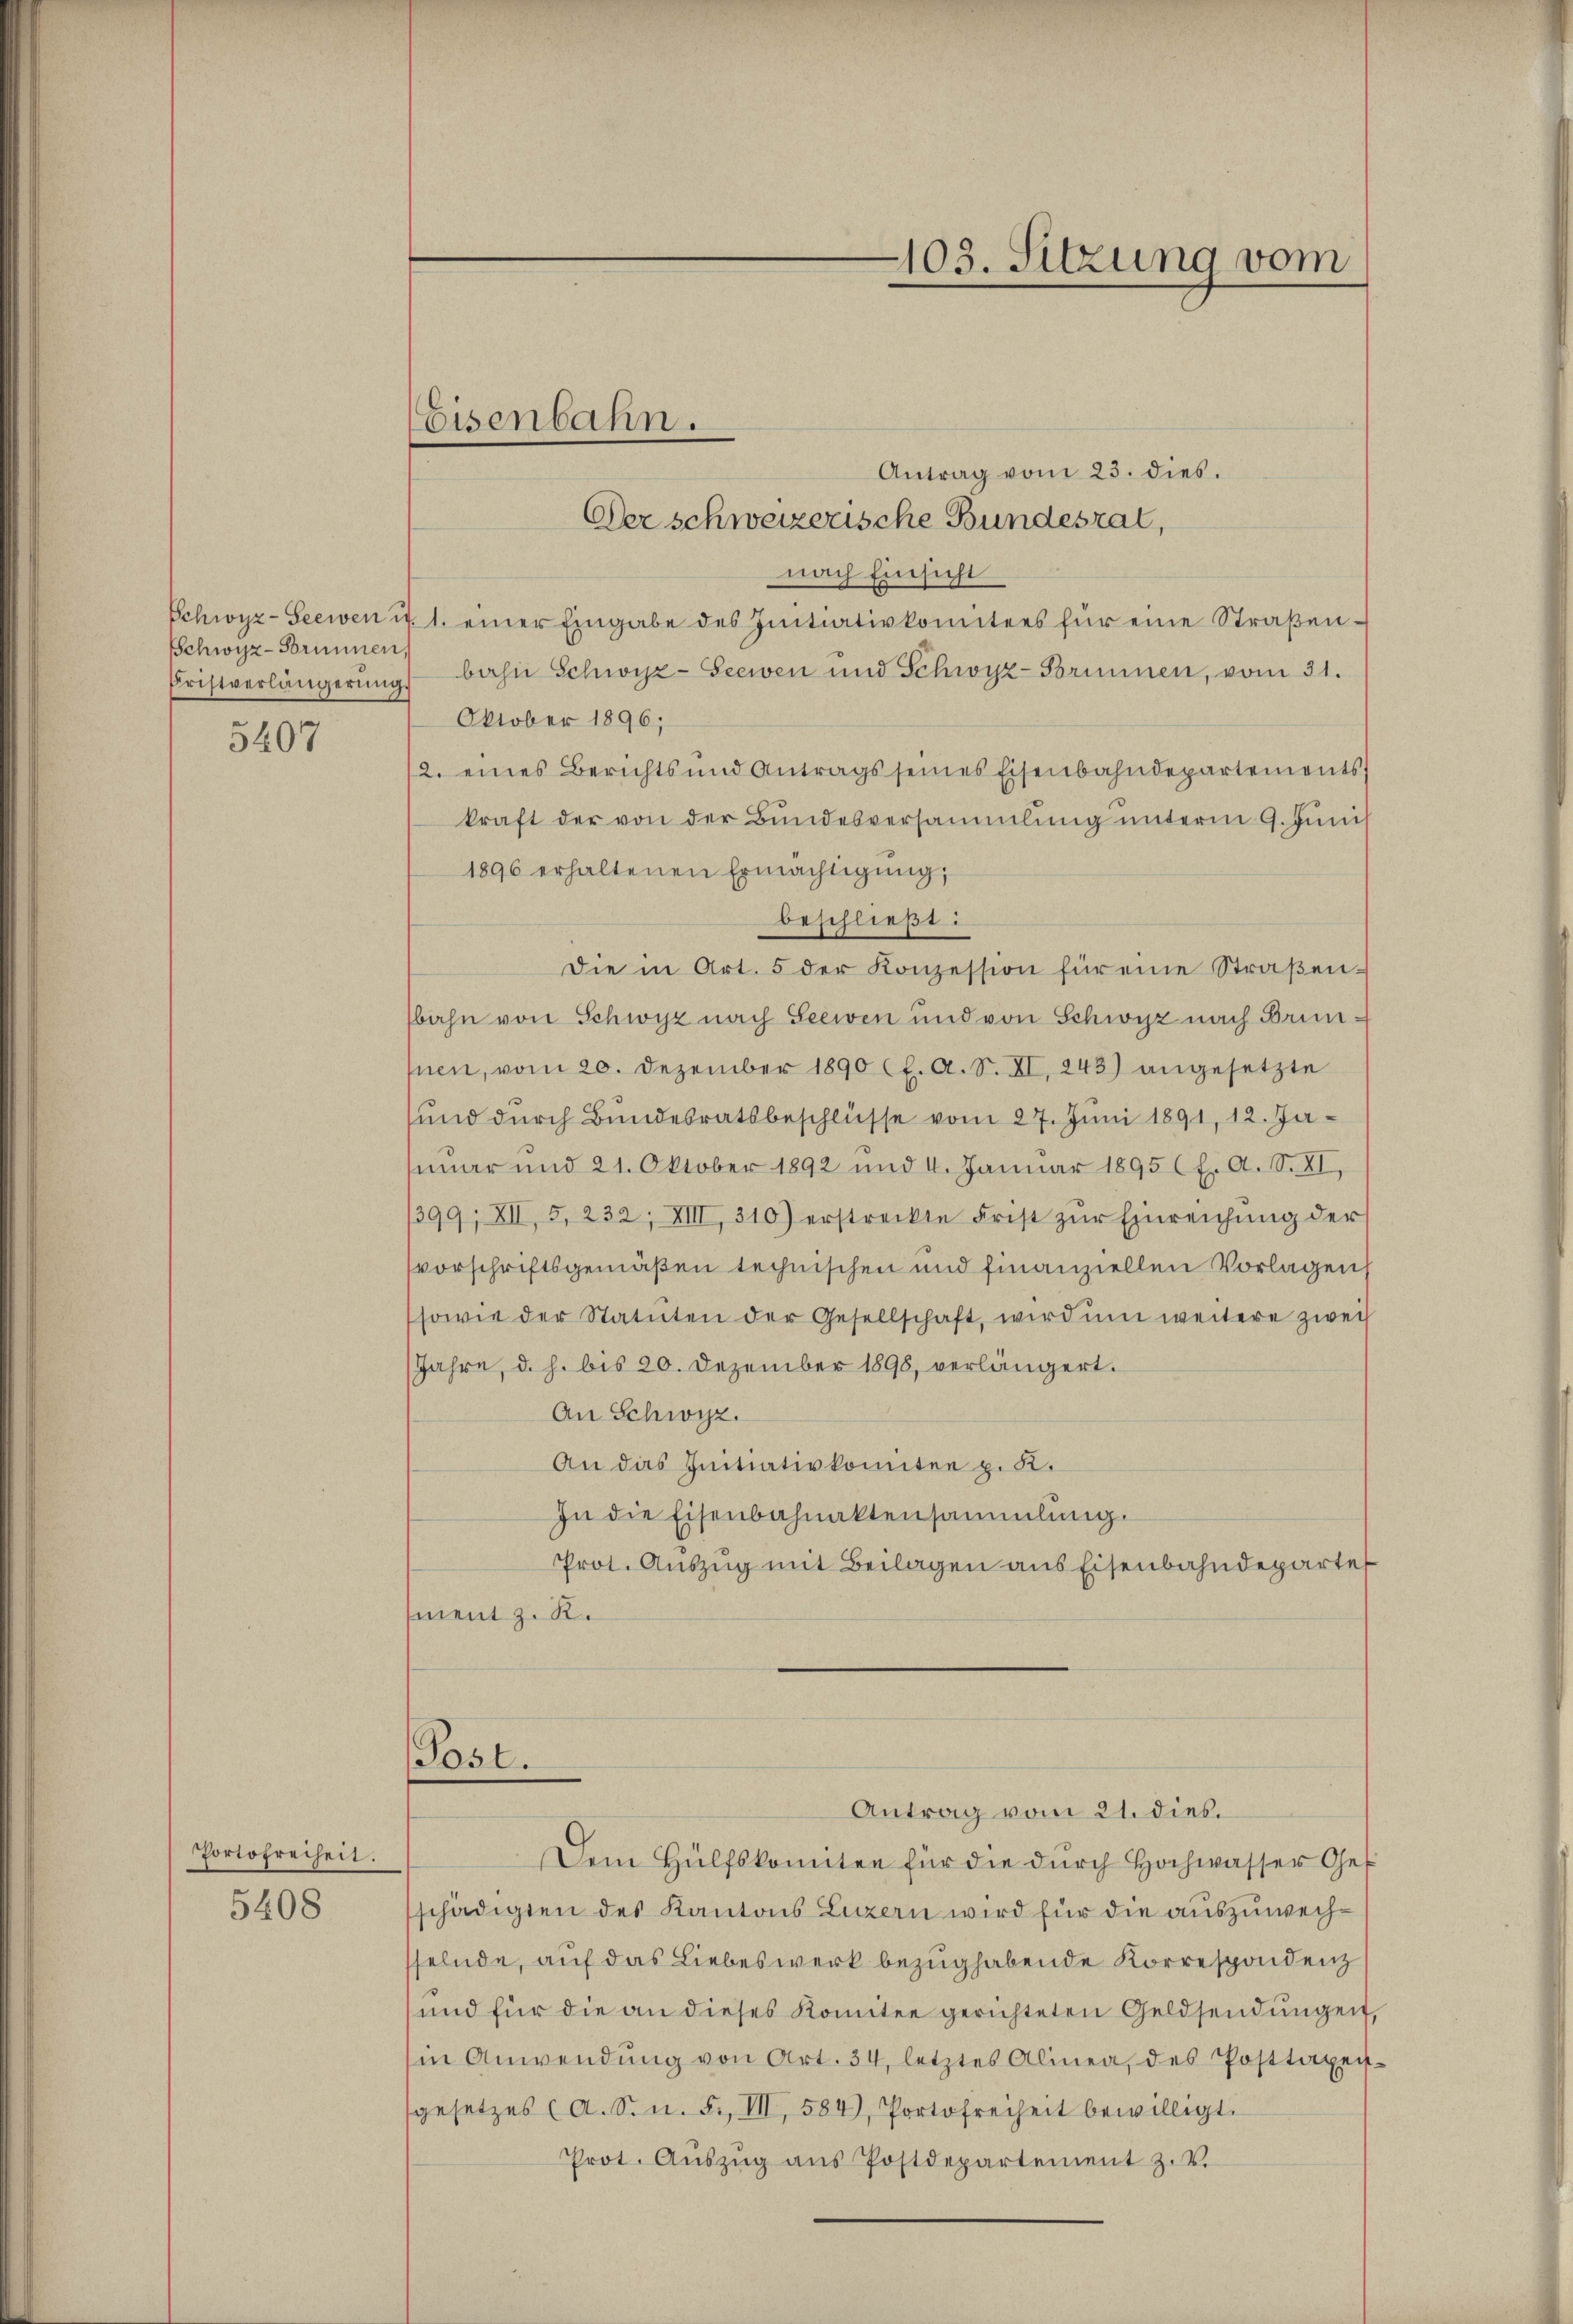
Schwyz-Brunnen,

5407

Portofreiheit.
5408

Eisenbahn.

Antrag vom 23. dies.
Der schweizerische Bundesrat,
nach Einsicht
Schwyz-Seewen i. 1. einer Eingabe des Initiativkomitees für eine Straßen¬
Pristverlängerung bahn Schwyz-Seewen und Schwyz-Brunnen, vom 31.
Oktober 1896;
12. eines Berichts und Antrags seines Eisenbahndepartements
kraft der von der Bundesversammlung unterm 9. Juni
1896 erhaltenen Ermächtigŭng,
beschließt:
Die in Art. 5 der Konzession für eine Straßensbahn von Schwyz nach Seewen und von Schwyz nach Brunfnen, vom 20. Dezember 1890 (E. A. S. XI. 243) angesetzte
sŭnd dŭrch Bŭndesratsbeschlüsse vom 27. Jŭni 1891, 12. Ja-
nuar und 21. Oktober 1892 und 4. Januar 1895 (H. A. S. XI,
1399, XII, 5, 232, VIII 310) erstreckte Frist zŭr Einreichŭng der
vorschriftsgemäßen technischen und finanziellen Vorlagen
sowie der Statuten der Gesellschaft, wird ŭm weitere zwei
Jahre, d. h. bis 20. Dezember 1898, verlängert.
An Schwyz.
An das Initiativkomitee p. K.
In die Eisenbahnaktensammlung.
Prot. Auszug mit Beilagen aus Eisenbahndeparte
ment z. R.
Post.
Antrag vom 21. dies.
Dem Hülfskomitee für die dŭrch Hochwasser Geschädigten des Kantons Luzern wird für die auszuwechsselnde, auf das Liebeswerk bezug habende Korrespondenz
und für die an dieses Komitee gerichteten Geldsendŭngen,
sin Anwendŭng von Art. 34, letztes Alinea, des Posttagen
sgesetzes (A. S. n. F. III, 584), Portofreiheit bewilligt.
Prot. Aŭszŭg aŭs Postdepartement z. v.

103. Sitzung vom